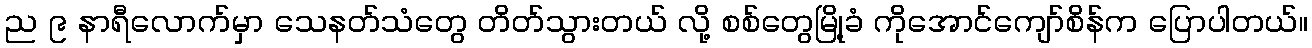
ည ၉ နာရီလောက်မှာ သေနတ်သံတွေ တိတ်သွားတယ် လို့ စစ်တွေမြို့ခံ ကိုအောင်ကျော်စိန်က ပြောပါတယ်။